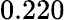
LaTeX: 0.220